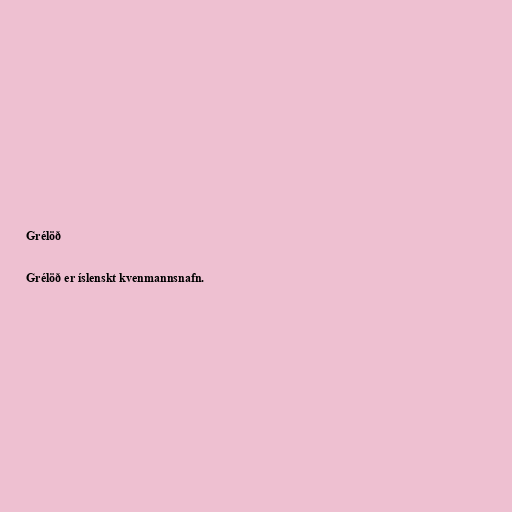
Grélöð

Grélöð er íslenskt kvenmannsnafn.